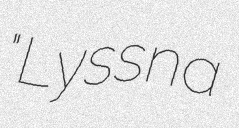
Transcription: "Lyssna